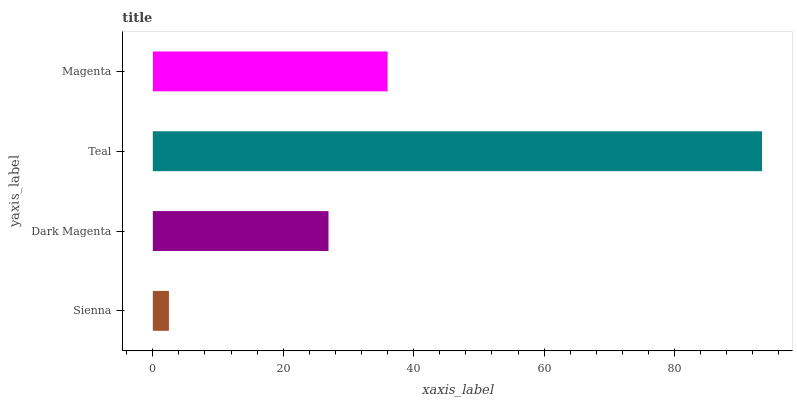
| yaxis_label | bars |
 | --- | --- |
 | Sienna | 2.47 |
 | Dark Magenta | 26.9 |
 | Teal | 93.4 |
 | Magenta | 36 |